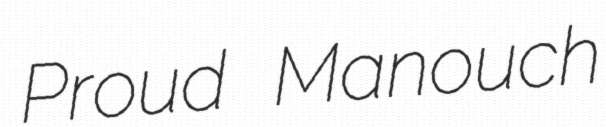
Proud Manouch